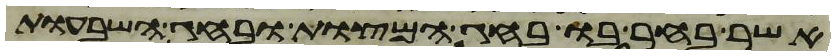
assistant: אשר בחר בו בחג המצות ובחג השבעות